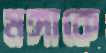
মঙ্গাকে